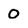
Character: 0